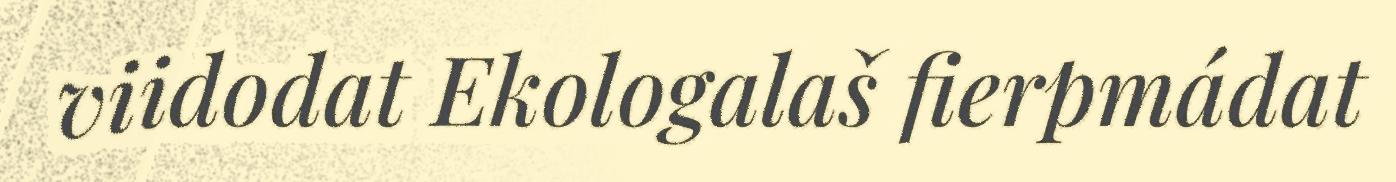
viidodat Ekologalaš fierpmádat